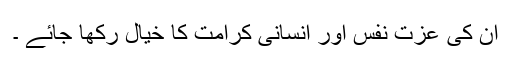
ان کی عزت نفس اور انسانی کرامت کا خیال رکھا جائے ۔